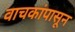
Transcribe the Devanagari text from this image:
वाचकांपासून